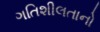
ગતિશીલતાનો